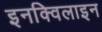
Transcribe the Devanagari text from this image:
इनक्विलाइन